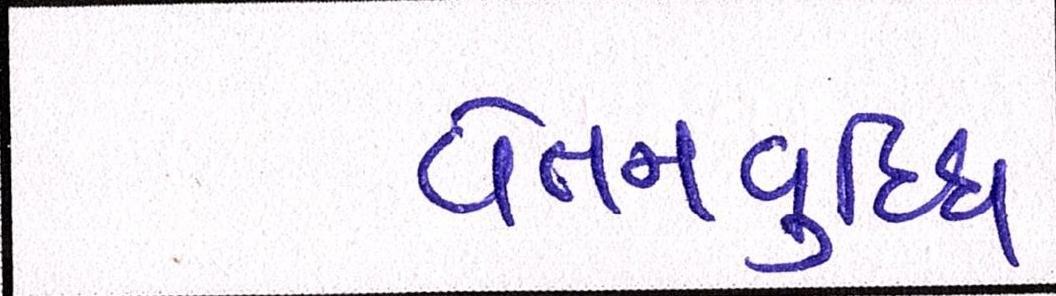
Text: વેતનવૃદ્ધિ